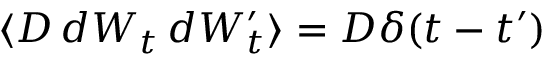
\langle D \, d W _ { t } \, d W _ { t } ^ { \prime } \rangle = D \delta ( t - t ^ { \prime } )